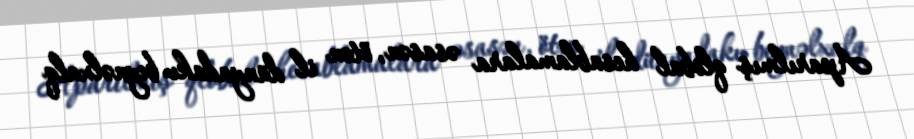
Aparılmış qlobal hesablamalara əsasən, ötən il dünyadakı beynəlxalq